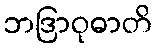
ဘဒြာဝုဓာတိ